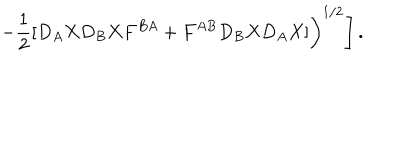
\left. \left. - \frac { 1 } { 2 } [ D _ { A } X D _ { B } X F ^ { B A } + F ^ { A B } D _ { B } X D _ { A } X ] \right) ^ { 1 / 2 } \right] .